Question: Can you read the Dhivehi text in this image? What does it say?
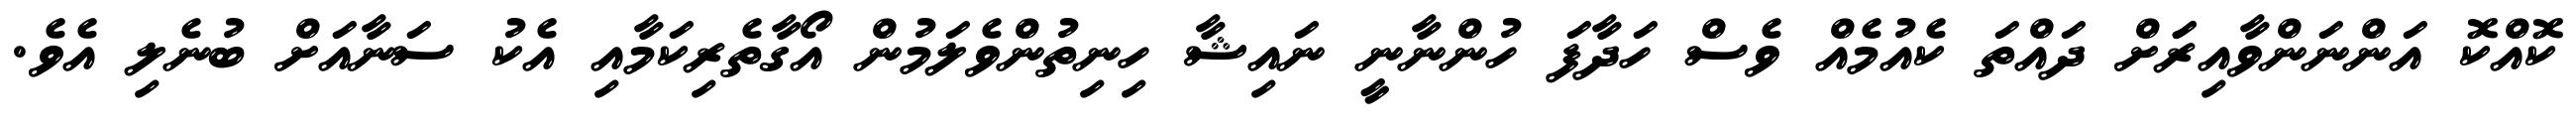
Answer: ކޮއްކޮ އަންނަންވާއިރަަށް ދައްތަ ކެއުމެއް ވެސް ހަދާފަ ހުންނާނީ ނައިޝާ ހިނިތުންވެލަމުން އޯގާތެރިކަމާއި އެކު ސަނާއަށް ބުނެލި އެވެ.